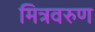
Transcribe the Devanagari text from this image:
मित्रवरुण